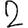
Digit: 2